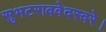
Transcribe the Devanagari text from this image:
सुभटराववेदस्वरे।